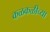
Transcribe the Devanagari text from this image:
कळकळीच्या